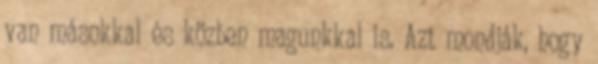
van másokkal és közben magunkkal is. Azt mondják, hogy